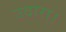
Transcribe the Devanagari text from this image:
उदारा।